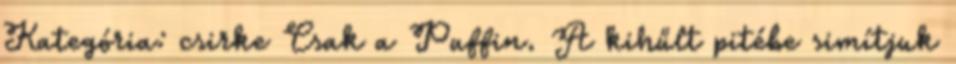
Kategória: csirke Csak a Puffin. A kihűlt pitébe simítjuk